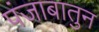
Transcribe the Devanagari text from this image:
पंजाबातुन